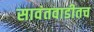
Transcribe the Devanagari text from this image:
सावंतवाडीतच